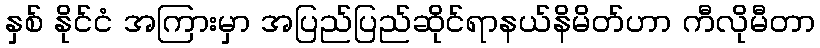
နှစ် နိုင်ငံ အကြားမှာ အပြည်ပြည်ဆိုင်ရာနယ်နိမိတ်ဟာ ကီလိုမီတာ